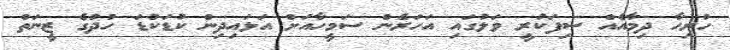
ހުރިހާ ދިމާއެއް ސިފަކުރީ ވަލުގައި އަހަރެން ސަމީހާއަށް އަޅައިދިން ކުޑަކުޑަ ހުދުގެ ޒީނަތް